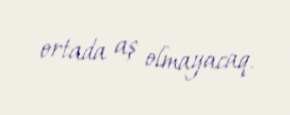
ortada aş olmayacaq.